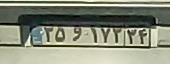
۳۵و۱۷۲۳۴